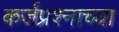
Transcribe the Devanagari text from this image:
कर्जप्रश्नाच्या